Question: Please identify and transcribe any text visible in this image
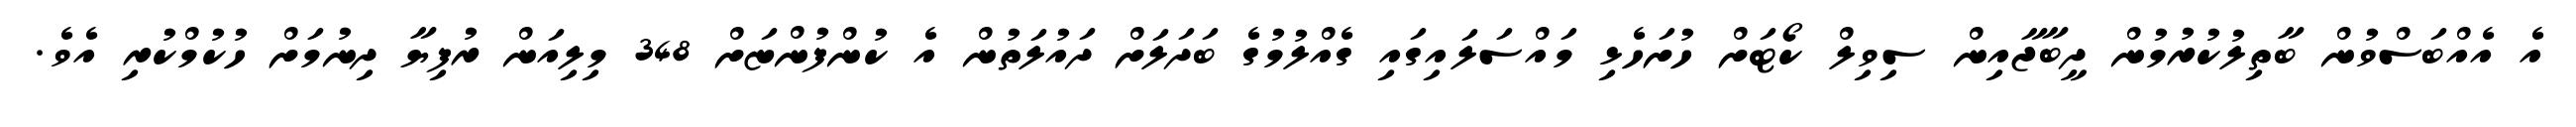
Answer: އެ އެއްބަސްވުން ބާތިލުކުރުމުން ދީބާޖާއިން ސިވިލް ކޯޓަށް ހުށަހެޅި މައްސަލައިގައި ގެއްލުމުގެ ބަދަލަށް ދައުލަތުން އެ ކުންފުންޏަށް 348 މިލިއަން ރުފިޔާ ދިނުމަށް ހުކުމްކުރި އެވެ.